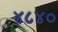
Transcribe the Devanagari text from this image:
४८४०